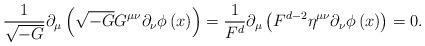
LaTeX: \begin{align*}\frac 1{\sqrt{-G}}\partial _\mu \left( \sqrt{-G}G^{\mu \nu }\partial _\nu\phi \left( x\right) \right) =\frac 1{F^d}\partial _\mu \left( F^{d-2}\eta^{\mu \nu }\partial _\nu \phi \left( x\right) \right) =0.\end{align*}